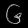
Digit: ၆